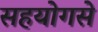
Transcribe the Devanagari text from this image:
सहयोगसे